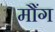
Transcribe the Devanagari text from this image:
मौंग